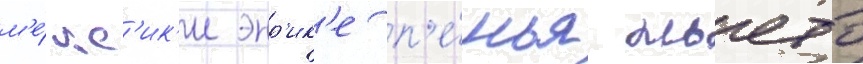
м'е́кс'ик'и энр'ик'е п'е́нья ньето